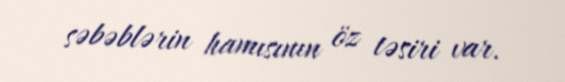
səbəblərin hamısının öz təsiri var.